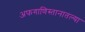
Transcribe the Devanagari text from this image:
अफगाणिस्तानातल्या